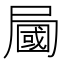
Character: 𡳚